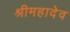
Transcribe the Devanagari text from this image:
श्रीमहादेव